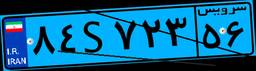
۸۹S۶۴۷۱۳